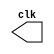
// ------------------------- 
// Exemplo0042 - Clock
// Nome: Michelle da Costa Silva 
// -------------------------

// --------------------------- 
// -- test clock generator (4) 
// --------------------------- 
   
// ------------------------- modulo clock	
	 module clock ( clk ); 
      output clk; 
      reg clk; 

     initial begin 
       clk = 1'b0; 
     end 

     always begin 
 #36 clk = ~clk; 
     end 
 
    endmodule 
 
// ------------------------- module pulse 
    module pulse ( signal, clock ); 
      input clock; 
      output signal; 
      reg signal; 

     always @ ( clock ) begin 
        signal = 1'b1; 
     #3 signal = 1'b0; 
     #3 signal = 1'b1; 
     #3 signal = 1'b0; 
        end 
		  
    endmodule // pulse 

// ------------------------- module Exemplo0042	

   module Exemplo0042; 
    wire clock; 
    clock clk ( clock ); 
    reg p; 
    wire p1,t1; 
    pulse pulse1 ( p1, clock ); 

    initial begin 
     p = 1'b0; 
    end 

    initial begin 
     $dumpfile ( "Exemplo0045.vcd" ); 
     $dumpvars ( 1, clock, p1 ); 
#060 p = 1'b1; 
#120 p = 1'b0; 
#180 p = 1'b1; 
#240 p = 1'b0; 
#300 p = 1'b1; 
#360 p = 1'b0; 
#376 $finish; 
     end 
   endmodule // Exemplo0042